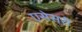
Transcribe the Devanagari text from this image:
एसेसरी